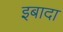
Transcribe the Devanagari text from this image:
इबादा